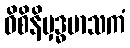
ဝိစိနိမှဒ္ဓမာသကံ